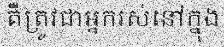
គឺត្រូវជាអ្នករស់នៅក្នុង